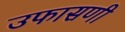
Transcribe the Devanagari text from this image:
उफासणी